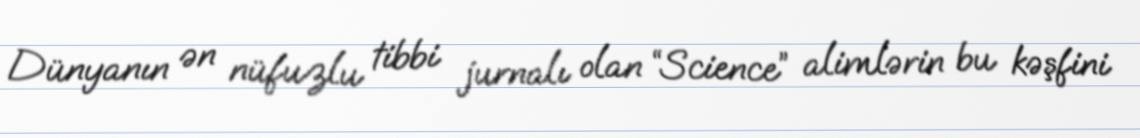
Dünyanın ən nüfuzlu tibbi jurnalı olan “Science” alimlərin bu kəşfini